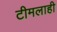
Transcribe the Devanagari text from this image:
टीमलाही